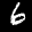
Label: 6